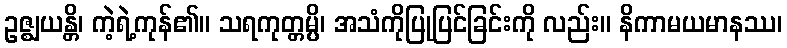
ဥဇ္ဈယန္တိ၊ ကဲ့ရဲ့ကုန်၏။ သရကုတ္တမ္ပိ၊ အသံကိုပြုပြင်ခြင်းကို လည်း။ နိကာမယမာနဿ၊